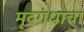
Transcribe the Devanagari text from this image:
मृदगंधाचा